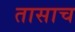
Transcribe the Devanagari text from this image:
तासाच